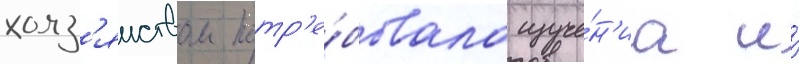
хоз'яиством потр'е́бовала изуче́н'иа и́